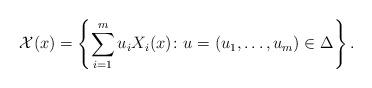
LaTeX: \begin{align*}\mathcal{X}(x) = \left\{\sum_{i=1}^m u_i X_i(x) \colon u = \left(u_1, \ldots, u_m \right) \in \Delta\right\}.\end{align*}